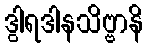
ဒွါရဒါနသိဗ္ဗာနိ